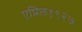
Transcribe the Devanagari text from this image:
एप्रिल१९२७